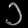
Digit: ၁